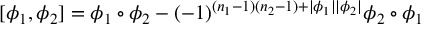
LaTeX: [ \phi _ { 1 } , \phi _ { 2 } ] = \phi _ { 1 } \circ \phi _ { 2 } - ( - 1 ) ^ { ( n _ { 1 } - 1 ) ( n _ { 2 } - 1 ) + | \phi _ { 1 } | | \phi _ { 2 } | } \phi _ { 2 } \circ \phi _ { 1 }